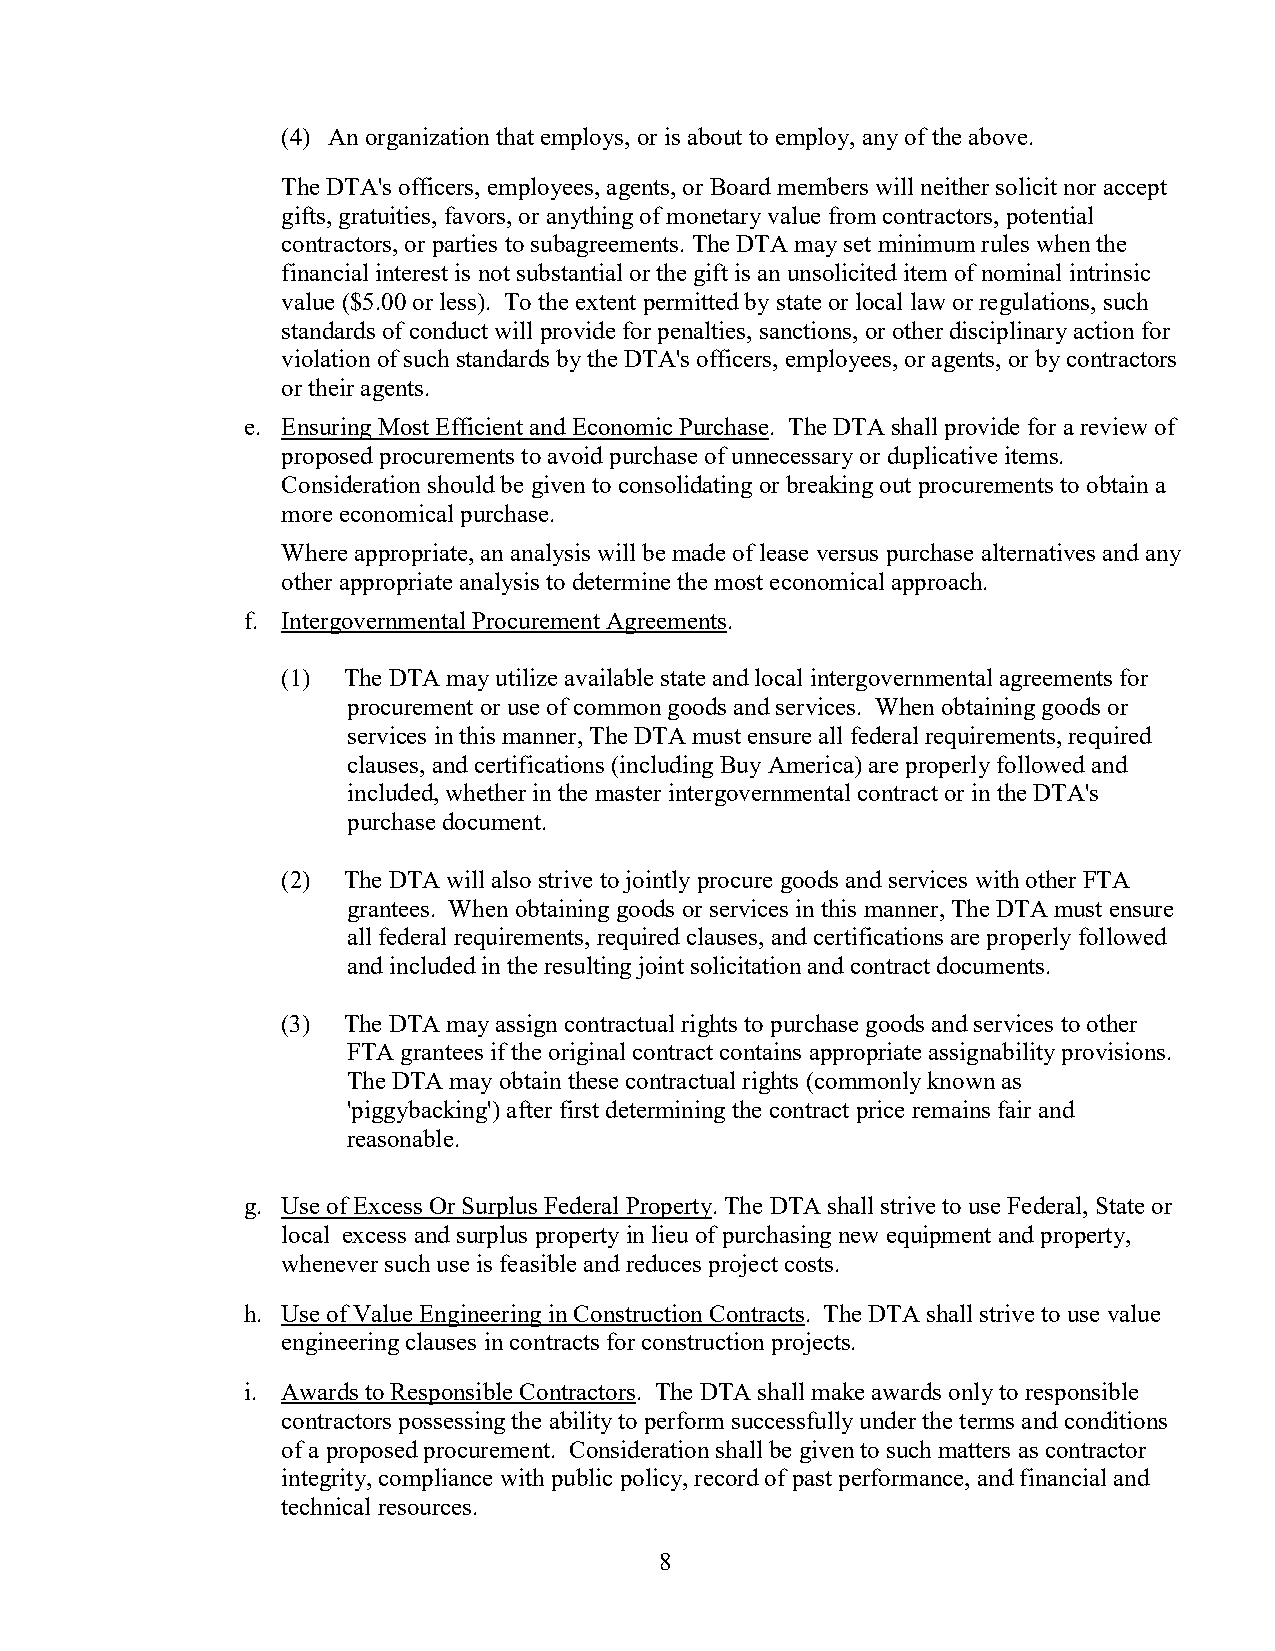
(4) An organization that employs, or is about to employ, any of the above.
 The DTA's officers, employees, agents, or Board members will neither solicit nor accept
 gifts, gratuities, favors, or anything of monetary value from contractors, potential
 contractors, or parties to subagreements. The DTA may set minimum rules when the
 financial interest is not substantial or the gift is an unsolicited item of nominal intrinsic
 value ($5.00 or less). To the extent permitted by state or local law or regulations, such
 standards of conduct will provide for penalties, sanctions, or other disciplinary action for
 violation of such standards by the DTA's officers, employees, or agents, or by contractors
 or their agents.
 e. Ensuring Most Efficient and Economic Purchase. The DTA shall provide for a review of
 proposed procurements to avoid purchase of unnecessary or duplicative items.
 Consideration should be given to consolidating or breaking out procurements to obtain a
 more economical purchase.
 Where appropriate, an analysis will be made of lease versus purchase alternatives and any
 other appropriate analysis to determine the most economical approach.
 f. Intergovernmental Procurement Agreements.
 (1) The DTA may utilize available state and local intergovernmental agreements for
 procurement or use of common goods and services. When obtaining goods or
 services in this manner, The DTA must ensure all federal requirements, required
 clauses, and certifications (including Buy America) are properly followed and
 included, whether in the master intergovernmental contract or in the DTA's
 purchase document.
 (2) The DTA will also strive to jointly procure goods and services with other FTA
 grantees. When obtaining goods or services in this manner, The DTA must ensure
 all federal requirements, required clauses, and certifications are properly followed
 and included in the resulting joint solicitation and contract documents.
 (3) The DTA may assign contractual rights to purchase goods and services to other
 FTA grantees if the original contract contains appropriate assignability provisions.
 The DTA may obtain these contractual rights (commonly known as
 'piggybacking') after first determining the contract price remains fair and
 reasonable.
 g. Use of Excess Or Surplus Federal Property. The DTA shall strive to use Federal, State or
 local excess and surplus property in lieu of purchasing new equipment and property,
 whenever such use is feasible and reduces project costs.
 h. Use of Value Engineering in Construction Contracts. The DTA shall strive to use value
 engineering clauses in contracts for construction projects.
 i. Awards to Responsible Contractors. The DTA shall make awards only to responsible
 contractors possessing the ability to perform successfully under the terms and conditions
 of a proposed procurement. Consideration shall be given to such matters as contractor
 integrity, compliance with public policy, record of past performance, and financial and
 technical resources.
 8